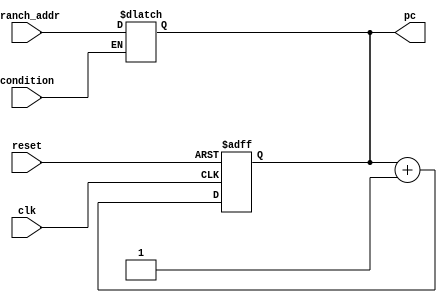
`timescale 1ns / 1ps
//////////////////////////////////////////////////////////////////////////////////
// Company: 
// Engineer: 
// 
// Design Name: 
// Module Name: counter_with_conditional_branch
// Project Name: 
// Target Devices: 
// Tool Versions: 
// Description: 
// 
// Dependencies: 
// 
// Revision:
// Revision 0.01 - File Created
// Additional Comments:
// 
//////////////////////////////////////////////////////////////////////////////////


module counter_with_conditional_branch(
input clk,
input reset,
input condition,
input [3:0] branch_addr,
output reg [3:0] pc
);

//PC register
always@(posedge clk, negedge reset)
if (!reset) //active low reset
  pc <= 0;
else
  pc <= pc + 4'b0001;
  
always@(condition)
begin
  if (condition == 1'b1)
    pc = branch_addr;
  else
   pc = pc;
end

endmodule